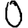
Digit: 0